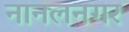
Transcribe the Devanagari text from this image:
नानलनगर